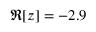
\Re [ z ] = - 2 . 9